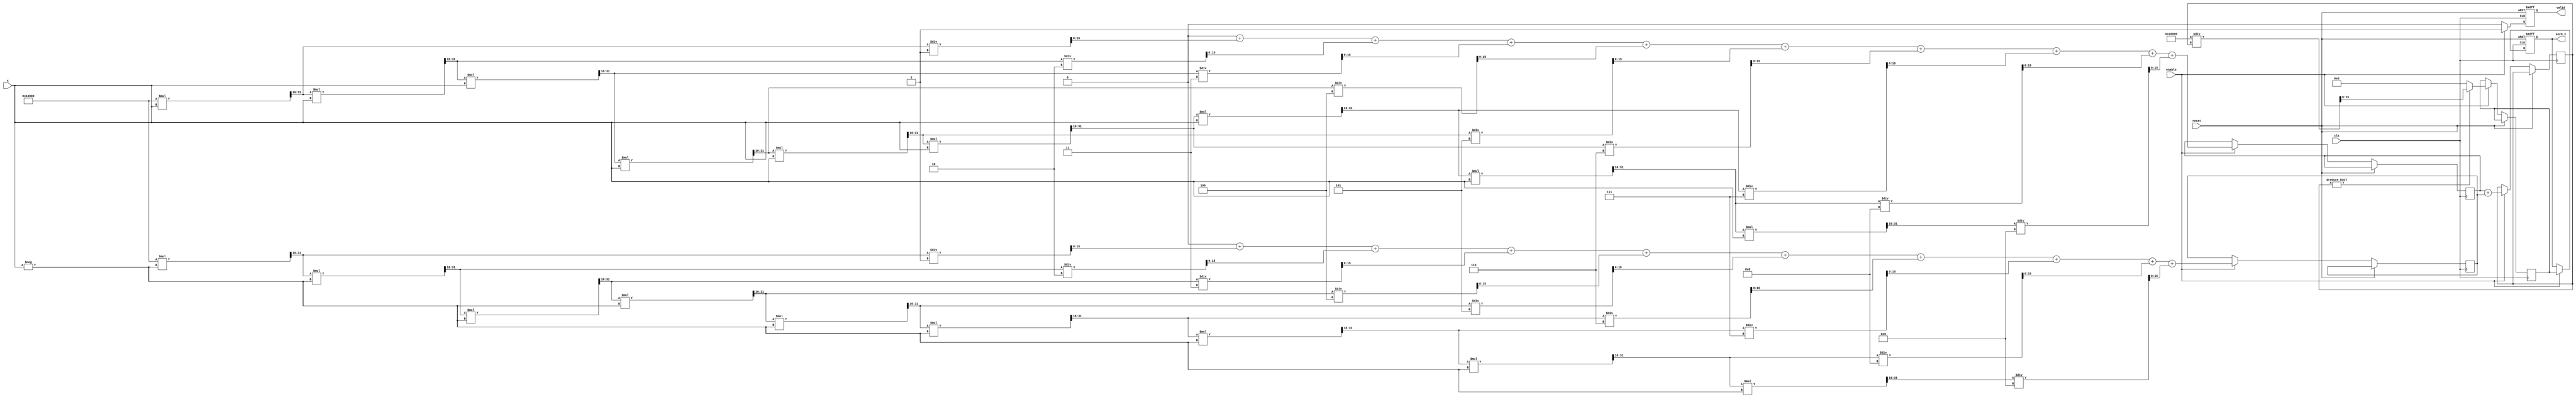
module hyperbolic_secant (
    input wire clk,
    input wire reset,
    input wire enable,
    input wire [15:0] x, // Fixed-point input (16-bit)
    output reg [15:0] sech_x, // Fixed-point output (16-bit)
    output reg valid // Output valid signal
);

    reg [15:0] exp_x; // e^x
    reg [15:0] exp_neg_x; // e^(-x)
    reg [15:0] sum_exp; // e^x + e^(-x)
    reg [15:0] reciprocal; // 2 / (e^x + e^(-x))

    // Simple exponential approximation (for demonstration purposes)
    function [15:0] exp_approx(input [15:0] value);
        // Using a simple Taylor series expansion for e^x
        reg [31:0] result;
        reg [31:0] term;
        integer i;
        begin
            result = 32'h00010000; // e^0 = 1.0 in fixed-point
            term = 32'h00010000; // First term (x^0 / 0!)
            for (i = 1; i < 10; i = i + 1) begin
                term = (term * value) >> 16; // x^i / i! (shift for fixed-point)
                result = result + term / i; // Add the term
            end
            exp_approx = result[15:0]; // Return the 16-bit fixed-point result
        end
    endfunction

    always @(posedge clk or posedge reset) begin
        if (reset) begin
            sech_x <= 16'b0;
            valid <= 1'b0;
        end else if (enable) begin
            // Calculate e^x and e^(-x)
            exp_x <= exp_approx(x); // e^x
            exp_neg_x <= exp_approx(-x); // e^(-x)

            // Calculate e^x + e^(-x)
            sum_exp <= exp_x + exp_neg_x;

            // Calculate 2 / (e^x + e^(-x))
            if (sum_exp != 0) begin
                reciprocal <= (32'h00020000 / sum_exp); // 2 / sum_exp
            end else begin
                reciprocal <= 32'h00000000; // Handle division by zero
            end

            // Assign the result to sech_x
            sech_x <= reciprocal[15:0];
            valid <= 1'b1; // Output is valid
        end else begin
            valid <= 1'b0; // Output not valid if not enabled
        end
    end
endmodule